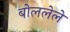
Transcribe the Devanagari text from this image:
बोललेले